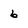
Character: 6